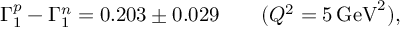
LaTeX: \Gamma _ { 1 } ^ { p } - \Gamma _ { 1 } ^ { n } = 0 . 2 0 3 \pm 0 . 0 2 9 \ \ \ \ \ \ ( Q ^ { 2 } = 5 \, \mathrm { G e V } ^ { 2 } ) ,